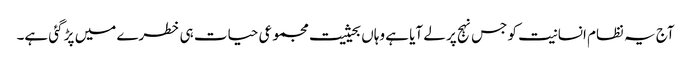
آج یہ نظام انسانیت کو جس نہج پر لے آیا ہے وہاں بحیثیت مجموعی حیات ہی خطرے میں پڑ گئی ہے۔